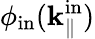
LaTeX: \phi_{\mathrm{in}}(\mathbf k_{\parallel}^{\mathrm{in}})